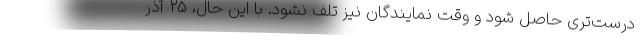
درست‌تری حاصل شود و وقت نمایندگان نیز تلف نشود. با این حال، ۲۵ آذر